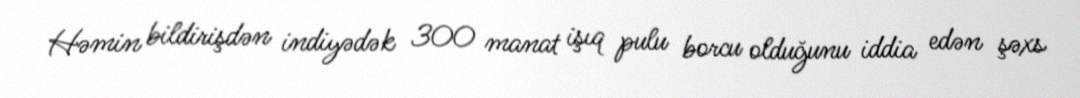
Həmin bildirişdən indiyədək 300 manat işıq pulu borcu olduğunu iddia edən şəxs